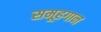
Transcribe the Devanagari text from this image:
समूहगान